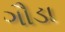
ગૌડા